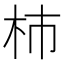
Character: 柿